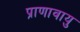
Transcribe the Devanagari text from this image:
प्राणावायु